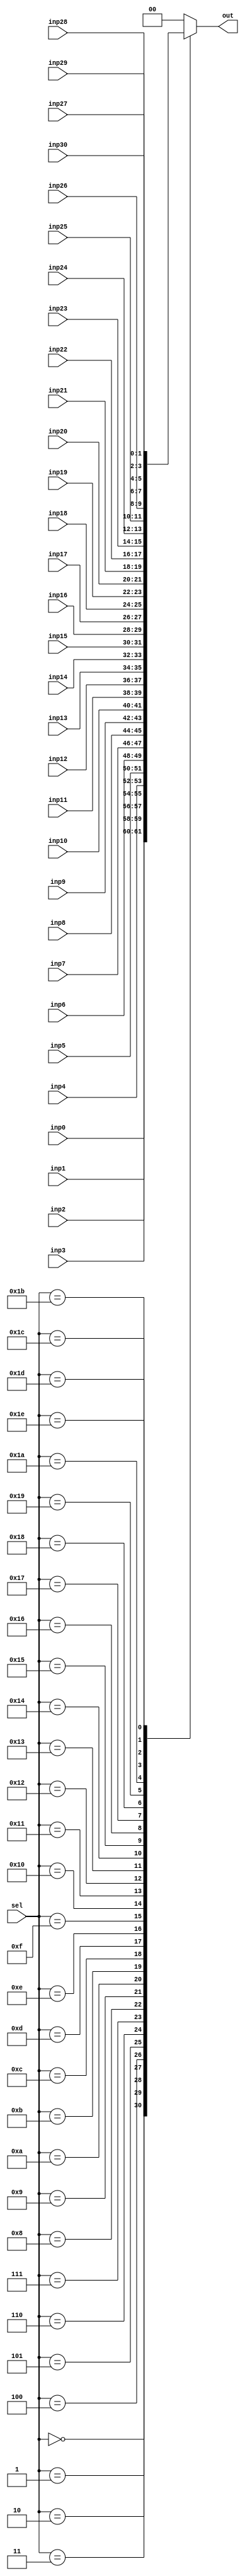
// See LICENSE.vyoma for details

module mux_fix(sel,inp0, inp1, inp2, inp3, inp4, inp5, inp6, inp7, inp8, 
           inp9, inp10, inp11, inp12, inp13, inp14, inp15, inp16, inp17,
           inp18, inp19, inp20, inp21, inp22, inp23, inp24, inp25, inp26,
           inp27, inp28, inp29, inp30, out);

  input [4:0] sel;
  input [1:0] inp0, inp1, inp2, inp3, inp4, inp5, inp6,
            inp7, inp8, inp9, inp10, inp11, inp12, inp13, 
            inp14, inp15, inp16, inp17, inp18, inp19, inp20,
            inp21, inp22, inp23, inp24, inp25, inp26,
            inp27, inp28, inp29, inp30;

  output [1:0] out;
  reg [1:0] out;

  // Based on sel signal value, one of the inp0-inp30 gets assigned to the 
  // output signal
  always @(sel or inp0  or inp1 or  inp2 or inp3 or inp4 or inp5 or inp6 or
            inp7 or inp8 or inp9 or inp10 or inp11 or inp12 or inp13 or 
            inp14 or inp15 or inp16 or inp17 or inp18 or inp19 or inp20 or
            inp21 or inp22 or inp23 or inp24 or inp25 or inp26 or inp27 or 
            inp28 or inp29 or inp30 )

  begin
    case(sel)
      5'b00000: out = inp0;  
      5'b00001: out = inp1;  
      5'b00010: out = inp2;  
      5'b00011: out = inp3;  
      5'b00100: out = inp4;  
      5'b00101: out = inp5;  
      5'b00110: out = inp6;  
      5'b00111: out = inp7;  
      5'b01000: out = inp8;  
      5'b01001: out = inp9;  
      5'b01010: out = inp10;
      5'b01011: out = inp11;

      // BUG:1 is corrected here case value for 'sel' was 1101 instead of 1100 for inp12
      5'b01100: out = inp12;  

      5'b01101: out = inp13;
      5'b01110: out = inp14;
      5'b01111: out = inp15;
      5'b10000: out = inp16;
      5'b10001: out = inp17;
      5'b10010: out = inp18;
      5'b10011: out = inp19;
      5'b10100: out = inp20;
      5'b10101: out = inp21;
      5'b10110: out = inp22;
      5'b10111: out = inp23;
      5'b11000: out = inp24;
      5'b11001: out = inp25;
      5'b11010: out = inp26;
      5'b11011: out = inp27;
      5'b11100: out = inp28;
      5'b11101: out = inp29;

      // BUG 2: Corrected here by adding the case value for inp30 
      5'b11110: out = inp30;   

      default: out = 0;
    endcase
  end

endmodule